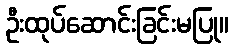
ဦးထုပ်ဆောင်းခြင်းမပြု။